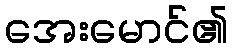
အေးမောင်၏